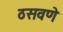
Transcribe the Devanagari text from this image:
ठसवणे